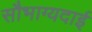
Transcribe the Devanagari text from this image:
सौभाग्यदाई